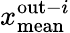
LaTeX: x_{\mathrm{mean}}^{\mathrm{out}-i}